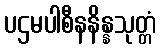
ပဌမပါစီနနိန္နသုတ္တံ